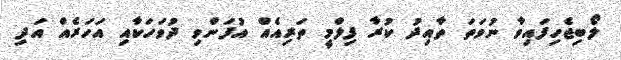
ލޯބިޖެހިފައިވާ ނުވަތަ ތާއިދު ކުރާ ފިލްމީ ތަރިއެއް އުފަންވި ދުވަހަކާއި އަހަރެއް އަދި